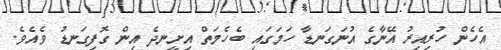
އެހެން ހުރިއިރު އޭނާގެ އުނަގަނޑާ ހަމަގައި ބެހެމަތް އިށީނދެ އިން ގޮފިގަނޑު ވެއެވެ.